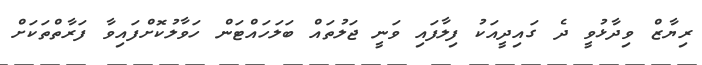
ރިޔާޒް ވިދާޅުވީ ދެ ގައިދީއަކު ފިލާފައި ވަނީ ޖަލުތައް ބަލަހައްޓަން ހަވާލުކޮށްފައިވާ ފަރާތްތަކަށް